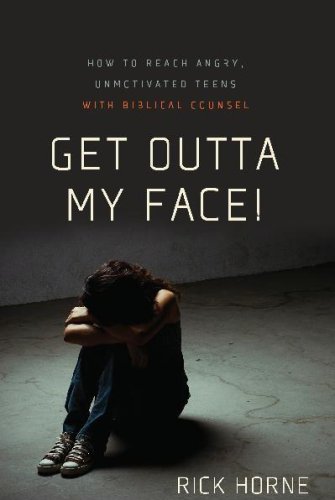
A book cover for Get Outta My Face!: How to Reach Angry, Unmotivated Teens with Biblical Counsel; Rick Horne; Self-Help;